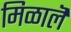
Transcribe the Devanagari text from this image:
मिळालॆ